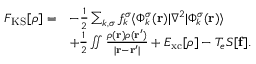
\begin{array} { r l } { F _ { \mathrm { K S } } [ { \boldsymbol \rho } ] = } & { - \frac { 1 } { 2 } \sum _ { k , \sigma } f _ { k } ^ { \sigma } \langle \Phi _ { k } ^ { \sigma } ( { \bf r } ) \vert \nabla ^ { 2 } \vert \Phi _ { k } ^ { \sigma } ( { \bf r } ) \rangle } \\ & { + \frac { 1 } { 2 } \iint \frac { { \rho } ( { \bf r } ) { \rho } ( { \bf r ^ { \prime } } ) } { \vert { \bf r - r ^ { \prime } } \vert } + E _ { \mathrm { x c } } [ { \boldsymbol \rho } ] - T _ { e } { \cal S } [ { \bf f } ] . } \end{array}